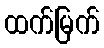
ထက်မြက်